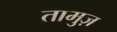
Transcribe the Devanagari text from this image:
तामुज़